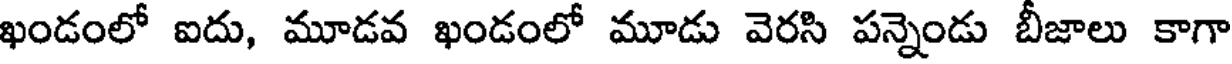
ఖండంలో ఐదు, మూడవ ఖండంలో మూడు వెరసి పన్నెండు బీజాలు కాగా